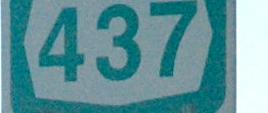
437